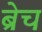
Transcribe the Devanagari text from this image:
ब्रेच